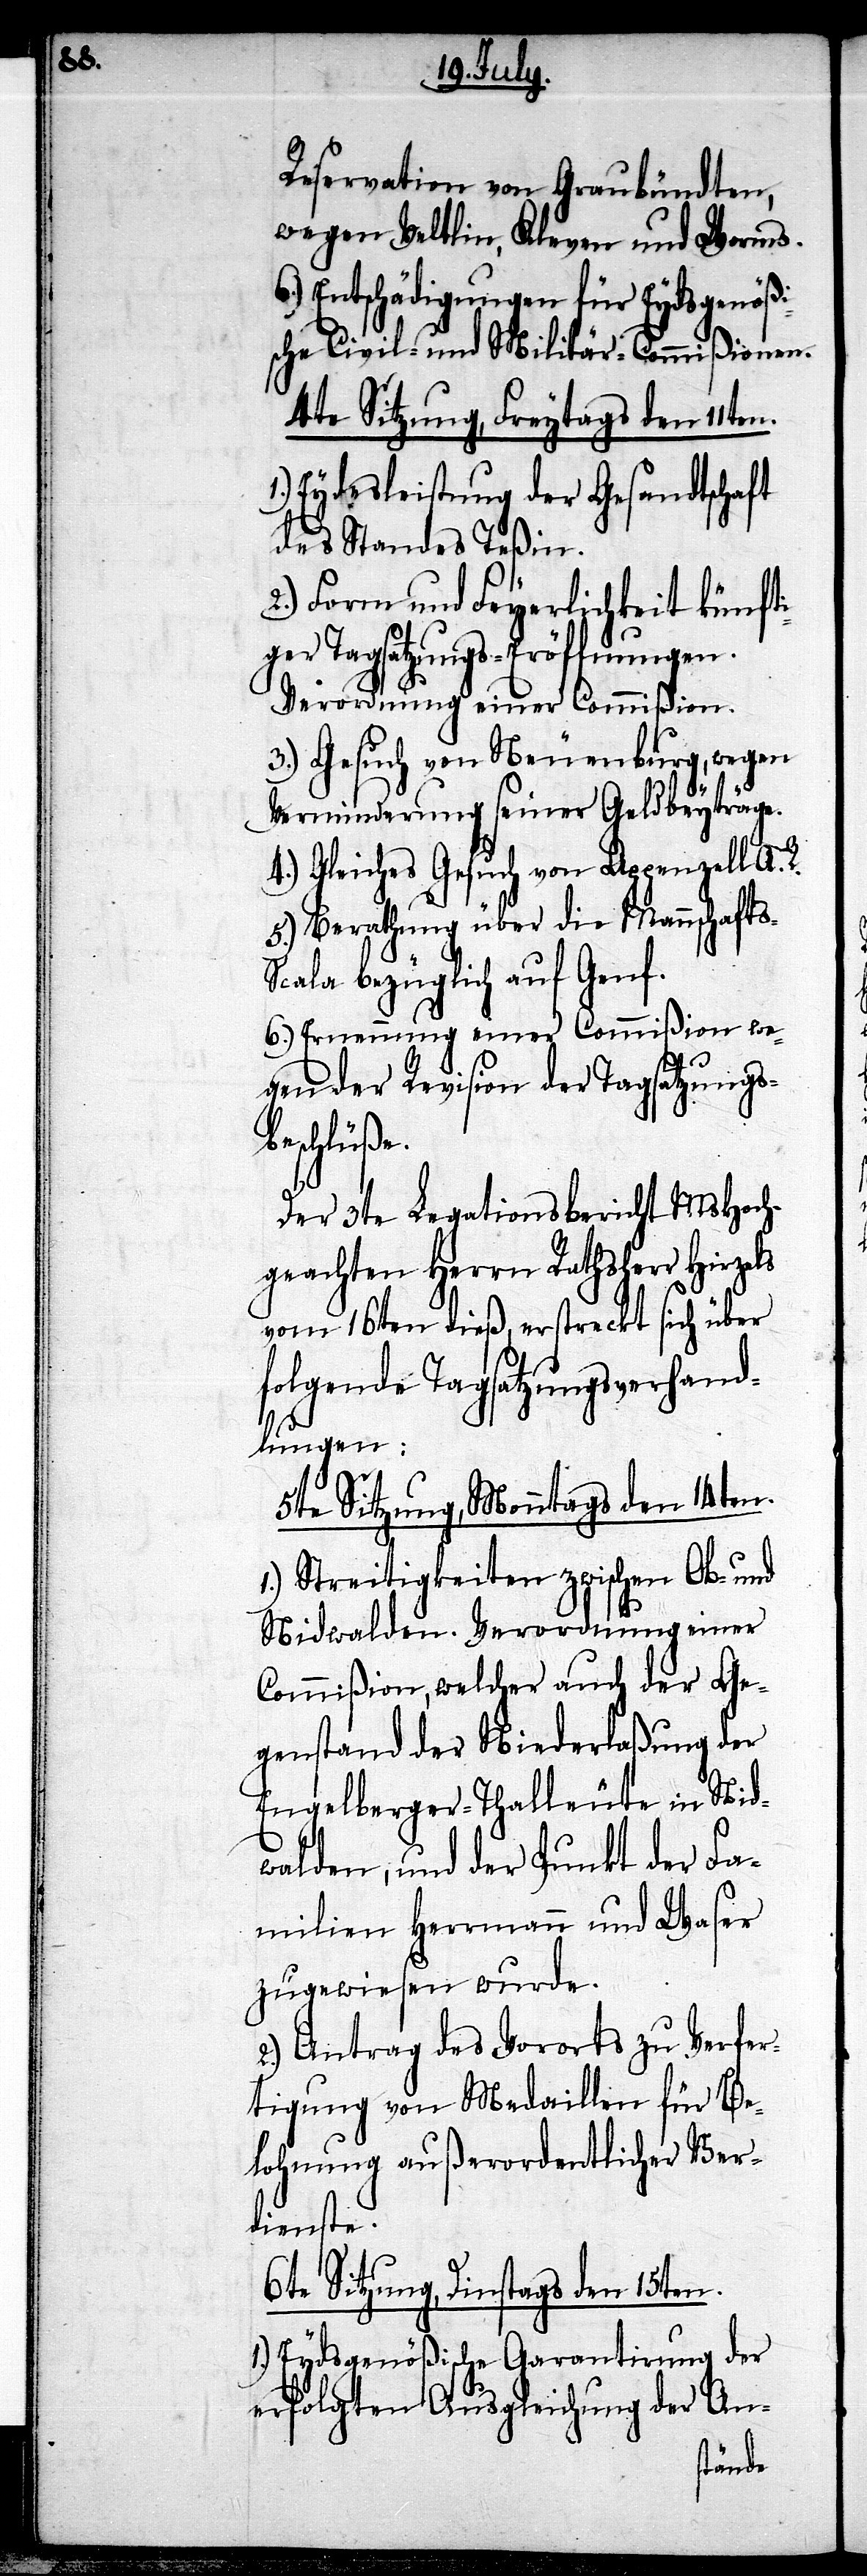
s-S¬

Reservation von Graubündten,
wegen Veltlin, Kleven und Worms.
6.) Entschädigungen für Eydsgenößi¬
sche Civil- und Militär-Commißonen.
4te Sitzung, Freytags den 11ten.
Eydesleistung der Gesandtschaft
des Standes Teßin.
2.) Form und Feyerlichkeit künfti¬
ger Tagsatzungs-Eröffnungen.
Verordnung einer Commißion.
3.) Gesuch von Neuenburg, wegen
Verminderung seiner Geldbeyträge.
4.) Gleiches Gesuch von Appenzell A.
5.) Berathung über die Mannschaft¬
cala bezüglich auf Genf.
6.) Ernennung einer Commißion we¬
gen der Revision der Tagsatzungs¬
beschlüße.
Der 3te Legationsbericht MsHoch¬
geachten Herrn Rathsherr Hirzels
vom 16ten dieß, erstreckt sich über
folgende Tagsatzungsverhand¬
lungen:
5te Sitzung, Monntags den 14ten.
1.) Streitigkeiten zwischen Ob- und
Nidwalden. Verordnung einer
Commißion, welcher auch der Ge¬
genstand der Niederlaßung der
Engelberger-Thalleute in Nid¬
walden, und der Punkt der Fa¬
milien Herrmann und Waser
zugewiesen wurde.
2.) Antrag des Vororts zu Verfer¬
tigung von Medaillen für Be¬
lohnung außerordentlicher Ver¬
dienste.
6te Sitzung, Dinstags den 15ten.
Eydsgenößische Garantirung der
erfolgten Ausgleichung der An-